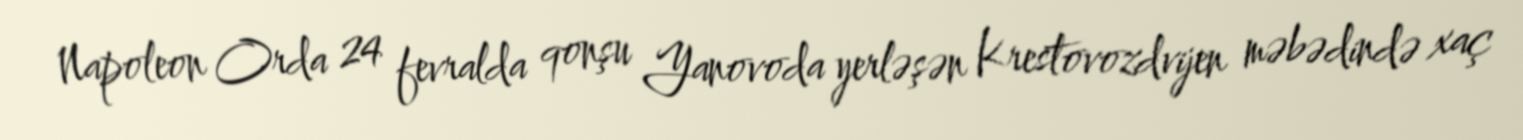
Napoleon Orda 24 fevralda qonşu Yanovoda yerləşən Krestovozdvijen məbədində xaç